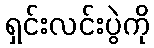
ရှင်းလင်းပွဲကို